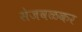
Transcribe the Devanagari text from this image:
सेजवळकर